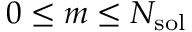
0 \leq m \leq N _ { \mathrm { s o l } }